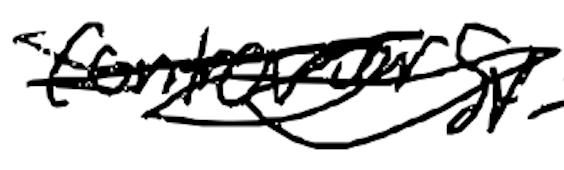
Text: controversy
Cross-out: scratch
Writing tool: digital_black